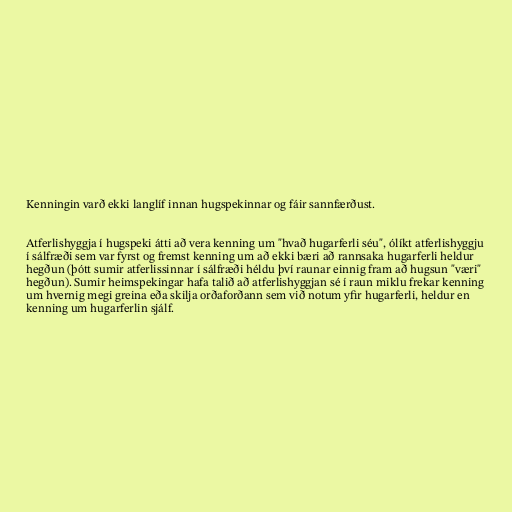
Kenningin varð ekki langlíf innan hugspekinnar og fáir sannfærðust.

Atferlishyggja í hugspeki átti að vera kenning um "hvað hugarferli séu", ólíkt atferlishyggju
í sálfræði sem var fyrst og fremst kenning um að ekki bæri að rannsaka hugarferli heldur
hegðun (þótt sumir atferlissinnar í sálfræði héldu því raunar einnig fram að hugsun "væri"
hegðun). Sumir heimspekingar hafa talið að atferlishyggjan sé í raun miklu frekar kenning
um hvernig megi greina eða skilja orðaforðann sem við notum yfir hugarferli, heldur en
kenning um hugarferlin sjálf.